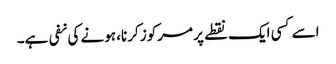
اسے کسی ایک نقطے پر مرکوز کرنا، ہونے کی نفی ہے۔